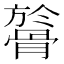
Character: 𩩘